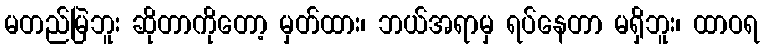
မတည်မြဲဘူး ဆိုတာကိုတော့ မှတ်ထား၊ ဘယ်အရာမှ ရပ်နေတာ မရှိဘူး၊ ထာဝရ